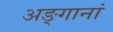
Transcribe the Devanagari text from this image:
अङ्गानां